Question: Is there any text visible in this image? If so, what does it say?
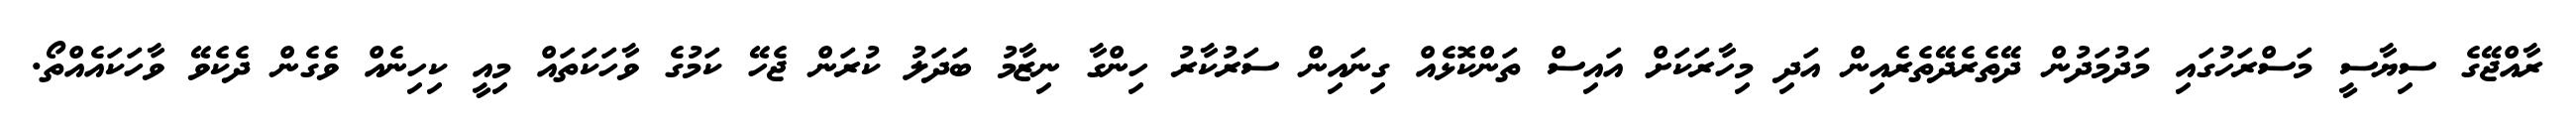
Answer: ރާއްޖޭގެ ސިޔާސީ މަސްރަހުގައި މަދުމަދުން ދޭތެރެދޭތެރެއިން އަދި މިހާރަކަށް އައިސް ތަންކޮޅެއް ގިނައިން ސަރުކާރު ހިންގާ ނިޒާމު ބަދަލު ކުރަން ޖެހޭ ކަމުގެ ވާހަކަތައް މިއީ ކިހިނެއް ވެގެން ދެކެވޭ ވާހަކައެއްތޯ.